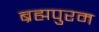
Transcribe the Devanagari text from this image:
ब्रह्मपुरम